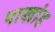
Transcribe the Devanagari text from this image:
पाखांड